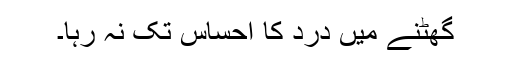
گھٹنے میں درد کا احساس تک نہ رہا۔